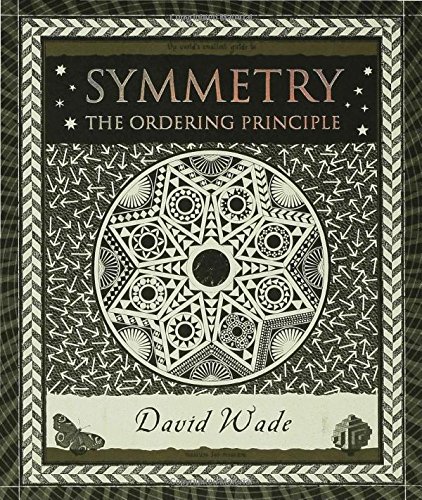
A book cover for Symmetry: The Ordering Principle (Wooden Books); David Wade; Science & Math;